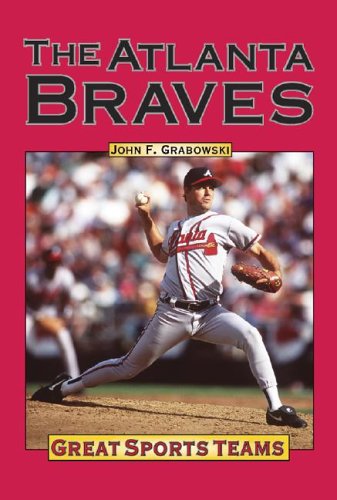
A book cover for Atlanta Braves (Great Sports Teams); John F. Grabowski; Teen & Young Adult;